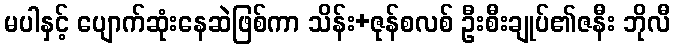
မပါနှင့် ပျောက်ဆုံးနေဆဲဖြစ်ကာ သိန်း+ဇုန်စလစ် ဦးစီးချုပ်၏ဇနီး ဘိုလီ